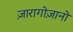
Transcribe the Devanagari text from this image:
ज़ारागोज़ानो